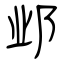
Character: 邺